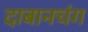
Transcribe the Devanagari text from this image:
दाबानचंग